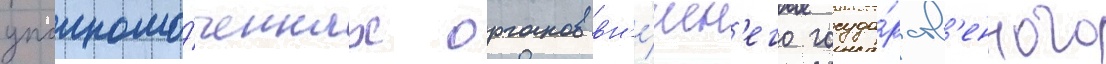
уполномо́ченных органов вн'е́шн'его госуда́рств'енного